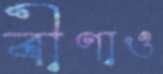
বীণাও